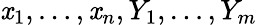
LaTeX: \mathit{x}_{1},\ldots,\mathit{x}_{n},Y_{1},\ldots,Y_{m}